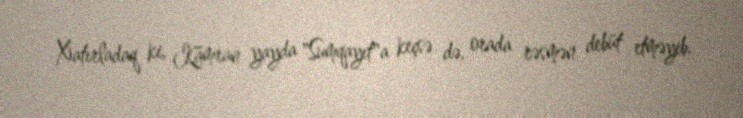
Xatırladaq ki, Kamran yayda "Sumqayıt"a keçsə də, orada rəsmən debüt etməyib.